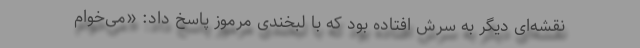
نقشه‌ای دیگر به سرش افتاده بود که با لبخندی مرموز پاسخ داد: «می‌خوام